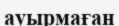
ауырмаған